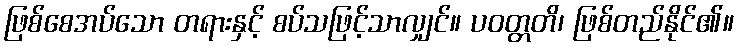
ဖြစ်စေအပ်သော တရားနှင့် စပ်သဖြင့်သာလျှင်။ ပဝတ္တတိ၊ ဖြစ်တည်နိုင်၏။